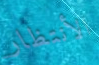
الأنتظار